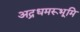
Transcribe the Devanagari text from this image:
अद्र्धमरूभूमि